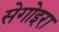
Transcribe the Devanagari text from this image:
सेगोइरा